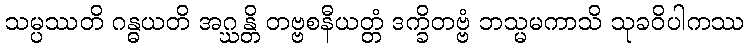
သမ္ပဿတိ ဂန္ဓယတိ အဂ္ဃန္တိ တဗ္ဗစနီယတ္တံ ဒက္ခိတဗ္ဗံ ဘသ္မမကာသိ သုခဝိပါကဿ